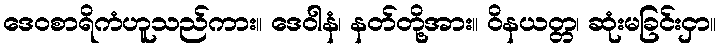
ဒေဝစာရိကံဟူသည်ကား။ ဒေဝါနံ၊ နတ်တို့အား။ ဝိနယတ္တ၊ ဆုံးမခြင်းငှာ။